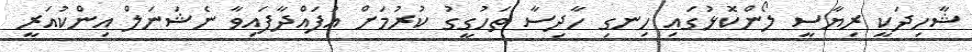
ޝާހިދަކީ ރިޔާސީ ލޯންކޮޅުގައި ހިނގި ހާދިސާ ތަހުގީގު ކުރުމަށް އުފައްދާފައިވާ ނެޝަނަލް އިންކުއަރީ